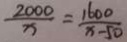
\frac { 2 0 0 0 } { x } = \frac { 1 6 0 0 } { x - 5 0 }